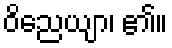
ဝိညေယျာ၊ ၏။